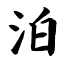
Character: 泊